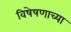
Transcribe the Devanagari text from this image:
विषेषणाच्या